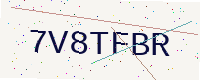
Text: 7V8TFBR